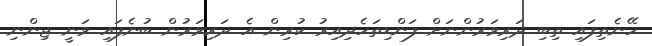
ހޭނެތިފައި ތިބި ދަރިވަރުންނަށް ފަންޑިތަހެދިއިރު ކުރިން އެ ދަރިވަރުން ބުނެފައި ވަނީ ޖިންނި